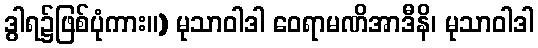
ဒွါရ၌ဖြစ်ပုံကား။) မုသာဝါဒါ ဝေရာမဏိအာဒီနိ၊ မုသာဝါဒါ